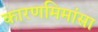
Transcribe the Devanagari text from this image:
कारणमिमांसा